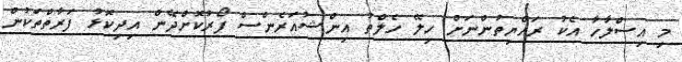
މި އިސްލާހާ އެކު ރައްޔިތުންނަށް ހިލޭ ހެލްތު އިންޝުއަރެންސް ފޯރުކޮށްދޭން އިދިކޮޅު ފަރާތްތަކުން